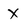
Character: X